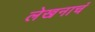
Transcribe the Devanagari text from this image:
लेखनाचं